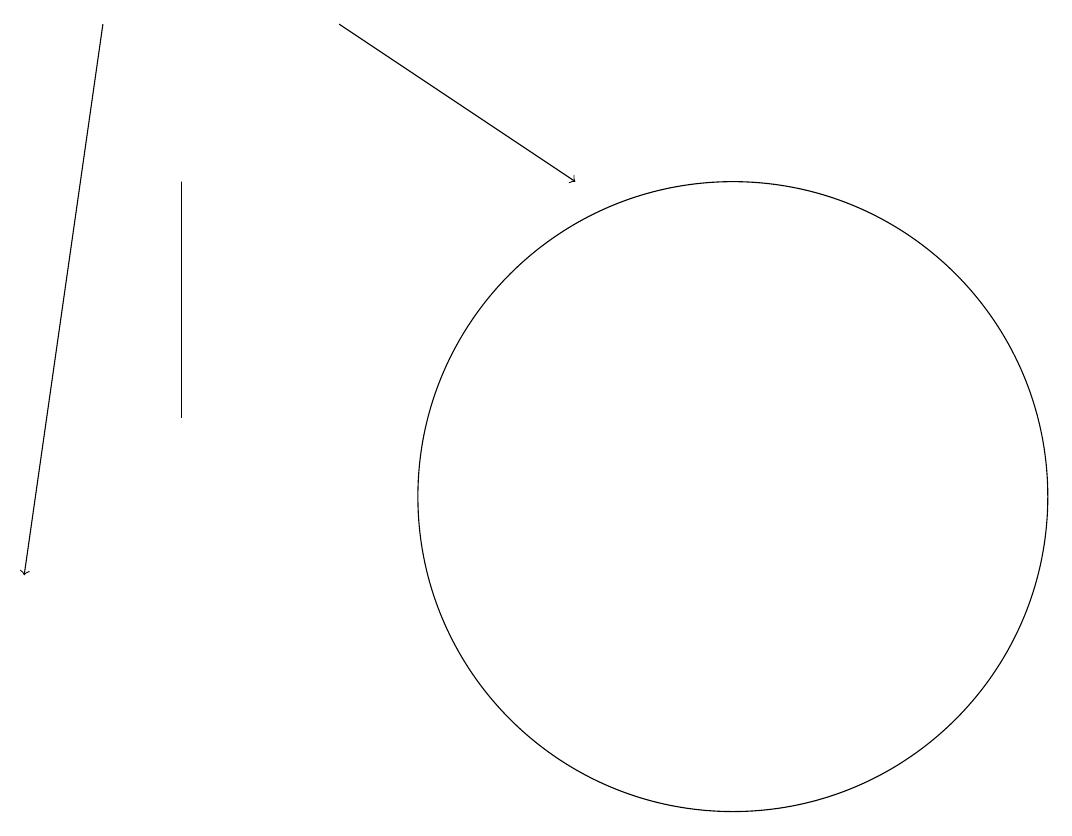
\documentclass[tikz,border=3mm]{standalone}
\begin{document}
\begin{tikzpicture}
\draw (4,16) rectangle (4,13);
\draw[->] (6,18) -- (9,16);
\draw[->] (3,18) -- (2,11);
\draw (11,12) circle (4);
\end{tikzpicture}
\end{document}